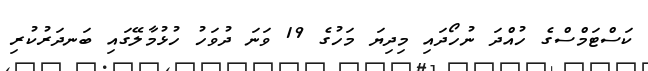
ކަސްޓަމްސްގެ ހުއްދަ ނުހޯދައި މިދިޔަ މަހުގެ 19 ވަނަ ދުވަހު ހުޅުމާލޭގައި ބަނދަރުކުރި